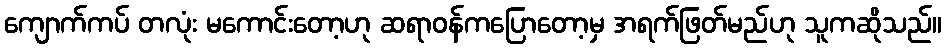
ကျောက်ကပ် တလုံး မကောင်းတော့ဟု ဆရာဝန်ကပြောတော့မှ အရက်ဖြတ်မည်ဟု သူကဆိုသည်။